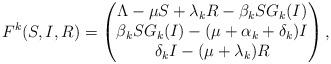
LaTeX: \begin{align*}F^k(S,I,R) = \begin{pmatrix}\Lambda- \mu S + \lambda_k R - \beta_k S G_k(I)\\\beta_k S G_k(I)-(\mu+\alpha_k+\delta_k)I\\\delta_k I -(\mu + \lambda_k)R\end{pmatrix},\end{align*}